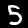
Label: 5